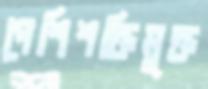
পেশিশক্তিমুক্ত